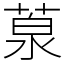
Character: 葲